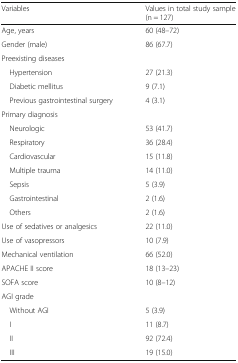
| Variables | Values in total study sample(n = 127) |
 | --- | --- |
 | Age, years | 60 (48–72) |
 | Gender (male) | 86 (67.7) |
 | <COLSPAN=2> Preexisting diseases |
 | Hypertension | 27 (21.3) |
 | Diabetic mellitus | 9 (7.1) |
 | Previous gastrointestinal surgery | 4 (3.1) |
 | <COLSPAN=2> Primary diagnosis |
 | Neurologic | 53 (41.7) |
 | Respiratory | 36 (28.4) |
 | Cardiovascular | 15 (11.8) |
 | Multiple trauma | 14 (11.0) |
 | Sepsis | 5 (3.9) |
 | Gastrointestinal | 2 (1.6) |
 | Others | 2 (1.6) |
 | Use of sedatives or analgesics | 22 (11.0) |
 | Use of vasopressors | 10 (7.9) |
 | Mechanical ventilation | 66 (52.0) |
 | APACHE II score | 18 (13–23) |
 | SOFA score | 10 (8–12) |
 | <COLSPAN=2> AGI grade |
 | Without AGI | 5 (3.9) |
 | I | 11 (8.7) |
 | II | 92 (72.4) |
 | III | 19 (15.0) |